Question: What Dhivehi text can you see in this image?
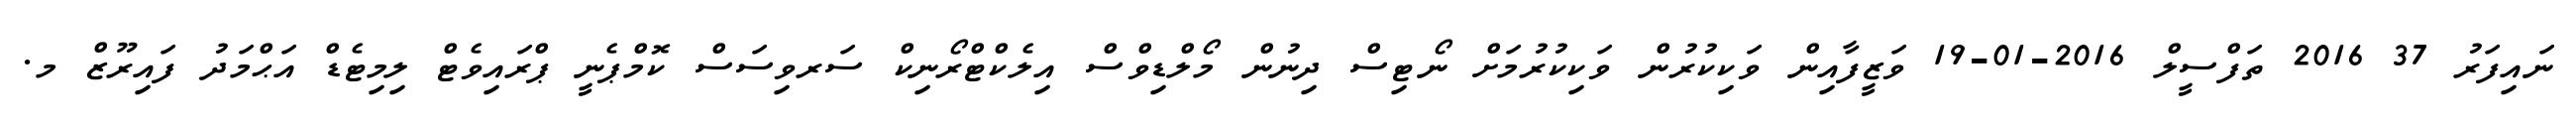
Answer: ނައިފަރު 37 2016 ތަފްސީލް 2016-01-19 ވަޒީފާއިން ވަކިކުރުން ވަކިކުރުމަށް ނޯޓިސް ދިނުން މޯލްޑިވްސް އިލެކްޓްރޯނިކް ސަރވިސަސް ކޮމްޕެނީ ޕްރައިވެޓް ލިމިޓެޑް އަޙްމަދު ފައިރޫޒް މ.